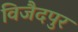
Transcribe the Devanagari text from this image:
विजैदपुर